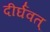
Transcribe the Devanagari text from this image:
दीर्घवत्‌